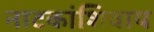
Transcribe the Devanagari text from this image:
नाटकांशिवाय